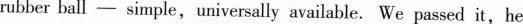
rubber ball -simple,universally available. We passed it,he